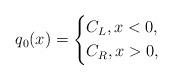
LaTeX: \begin{align*} q_{0}(x)=\left\{ \begin{aligned} &C_{L}, x<0,\\ &C_{R}, x>0, \end{aligned} \right.\end{align*}